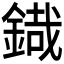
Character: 𮢜